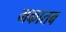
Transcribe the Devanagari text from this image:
मकातब